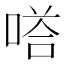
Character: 𭉙